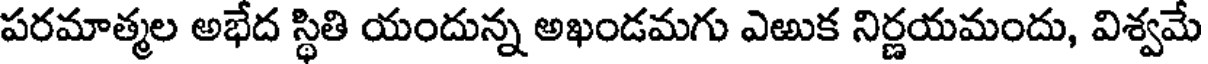
పరమాత్మల అభేద స్థితి యందున్న అఖండమగు ఎఱుక నిర్ణయమందు, విశ్వమే